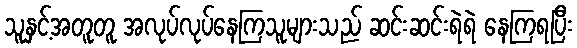
သူနှင့်အတူတူ အလုပ်လုပ်နေကြသူများသည် ဆင်းဆင်းရဲရဲ နေကြရပြီး